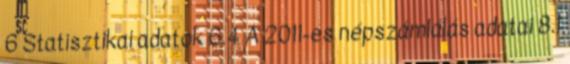
6 Statisztikai adatok 6.4 A 2011-es népszámlálás adatai 8.1